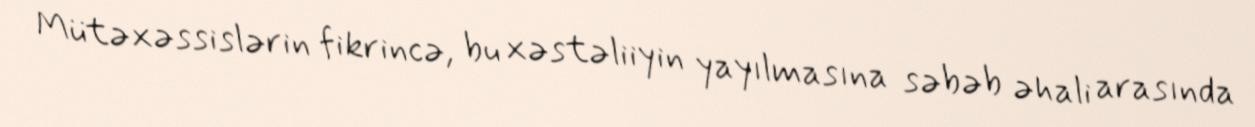
Mütəxəssislərin fikrincə, bu xəstəliiyin yayılmasına səbəb əhali arasında